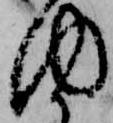
内